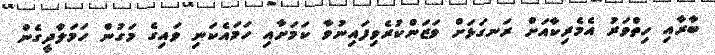
ބާރާއި ހިތްވަރު އެމެރިކާއަށް ރަނގަޅަށް ވަޒަންކުރެވިފައިނުވާ ކަމަށާއި ހަމައެކަނި ވައިގެ މަގުން ހަމަލާދީގެން